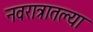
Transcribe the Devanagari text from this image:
नवरात्रातल्या